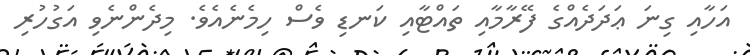
އަހާއި ގިނަ ޢަދަދެއްގެ ފޭރާމާއި ތައްޓާއި ކަނޑި ވެސް ހިމެނެއެވެ. މިދެންނެވި އަގުހުރި